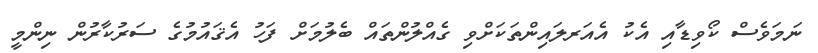
ނަމަވެސް ކޯވިޑާއި އެކު އެއަރލައިންތަކަށްވި ގެއްލުންތައް ބެލުމަށް ފަހު އެޤައުމުގެ ސަރުކާރުން ނިންމީ